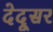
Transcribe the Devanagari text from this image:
देदूसर